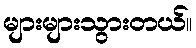
များများသွားတယ်။